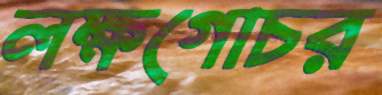
লক্ষগোচর